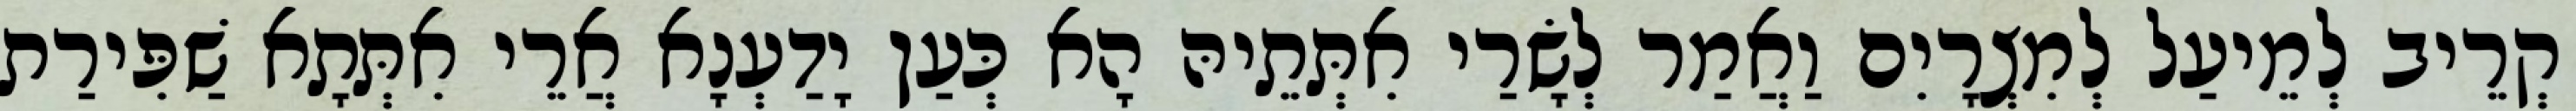
קְרֵיב לְמֵיעַל לְמִצְרָיִם וַאֲמַר לְשָׂרַי אִתְּתֵיהּ הָא כְּעַן יָדַעְנָא אֲרֵי אִתְּתָא שַׁפִּירַת